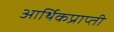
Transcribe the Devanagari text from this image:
आर्थिकप्राप्ती